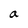
Character: a